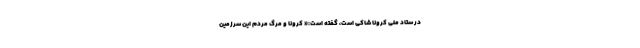
در ستاد ملی کرونا شاکی است، گفته است:« کرونا و مرگ مردم این سرزمین